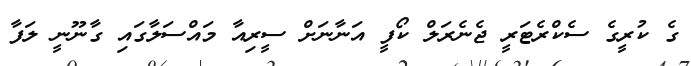
ގެ ކުރީގެ ސެކްރެޓަރީ ޖެނެރަލް ކޯފީ އަނާނަށް ސީރިއާ މައްސަލާގައި ގާނޫނީ ލަފާ